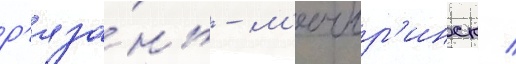
р'яза́нь - м'ичур'инск /